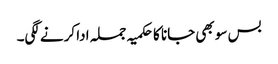
بس سو بھی جانا کا حکمیہ جملہ ادا کرنے لگی۔